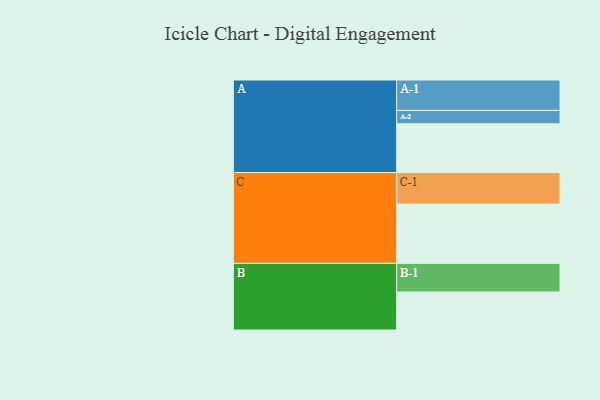
{"axis": {"x": "Segment", "y": "Value"}, "legend": ["", "A", "B", "C"], "data": [{"x": "A", "y": 461, "type": ""}, {"x": "B", "y": 360, "type": ""}, {"x": "C", "y": 561, "type": ""}, {"x": "A-1", "y": 288, "type": "A"}, {"x": "A-2", "y": 127, "type": "A"}, {"x": "B-1", "y": 271, "type": "B"}, {"x": "C-1", "y": 299, "type": "C"}]}